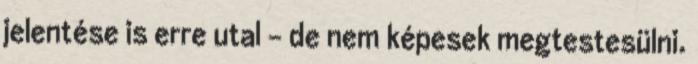
jelentése is erre utal – de nem képesek megtestesülni.